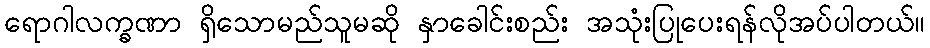
ရောဂါလက္ခဏာ ရှိသောမည်သူမဆို နှာခေါင်းစည်း အသုံးပြုပေးရန်လိုအပ်ပါတယ်။